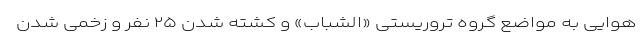
هوایی به مواضع گروه تروریستی «الشباب» و کشته شدن ۲۵ نفر و زخمی شدن